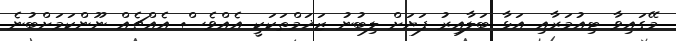
މޭގައިވާ ޓިއުމަރާއި އަޅާ ބަލާއިރު ފަޔަށް ލިބުނު ޒަޚަމްތަކަކީ އެއްވެސް އެއްޗެއް ނޫންކަމަށްބުނެ